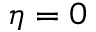
\eta = 0